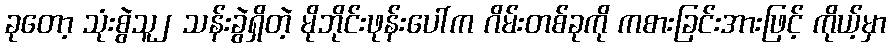
ခုတော့ သုံးစွဲသူ၂ သန်းခွဲရှိတဲ့ မိုဘိုင်းဖုန်းပေါ်က ဂိမ်းတစ်ခုကို ကစားခြင်းအားဖြင့် ကိုယ့်မှာ